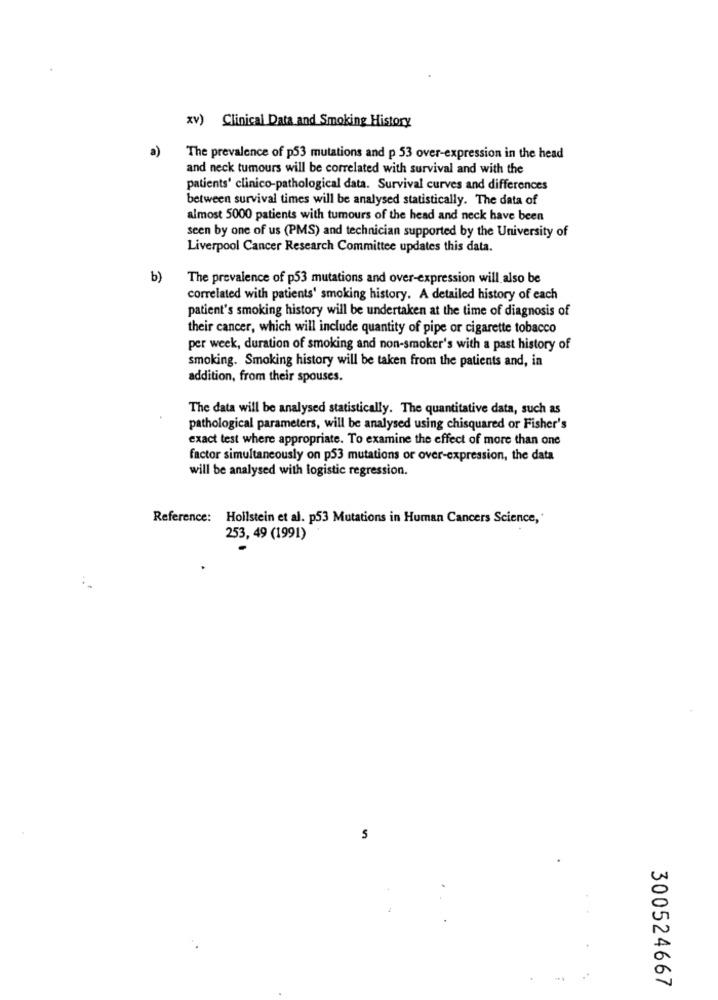
xv) Clinical Data and Smoking History
a)
The prevalence of p53 mutations and p 53 over-expression in the head
and neck tumours will be correlated with survival and with the
patients' clinico-pathological data. Survival curves and differences
between survival times will be analysed statistically. The data of
almost 5000 patients with tumours of the head and neck have been
seen by one of us (PMS) and technician supported by the University of
Liverpool Cancer Research Committee updates this data.
b)
The prevalence of p53 mutations and over-expression will also be
correlated with patients' smoking history. A detailed history of each
patient's smoking history will be undertaken at the time of diagnosis of
their cancer, which will include quantity of pipe or cigarette tobacco
per week, duration of smoking and non-smoker's with a past history of
smoking. Smoking history will be taken from the patients and, in
addition, from their spouses.
The data will be analysed statistically. The quantitative data, such as
pathological parameters, will be analysed using chisquared or Fisher's
exact test where appropriate. To examine the effect of more than one
factor simultaneously on p53 mutations or over-expression, the data
will be analysed with logistic regression.
Reference: Hoilstein et al. p53 Mutations in Human Cancers Science,
253, 49 (1991)
S
300524667